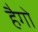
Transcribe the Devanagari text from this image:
हैगो